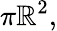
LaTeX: \pi\mathbb{R}^{2},